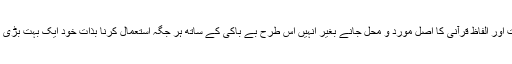
اس لئے آیات اور الفاظِ قرآنی کا اصل مورد و محل جانے بغیر انہیں اس طرح بے باکی کے ساتھ ہر جگہ استعمال کرنا بذاتِ خود ایک بہت بڑی گمراہی ہے۔